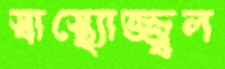
স্বাস্থ্যোজ্জ্বল